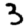
Digit: 3